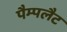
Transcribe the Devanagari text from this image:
पैम्पलैट